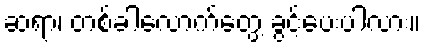
ဆရာ၊ တစ်ခါလောက်တွေ့ ခွင့်ပေးပါလား။